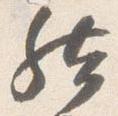
然